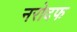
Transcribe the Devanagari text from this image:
नरोदफ